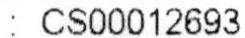
: CS00012693